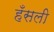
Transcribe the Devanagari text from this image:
हँसली